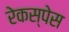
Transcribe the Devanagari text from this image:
रेकस्पेस